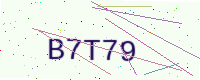
Text: B7T79